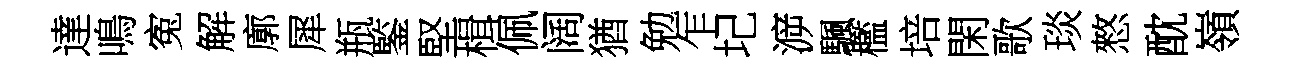
達鳴寃解廓犀瓶鍳堅楫佩阔猶勉乍圮㴑颿檻培閑歌琰憗酖嶺